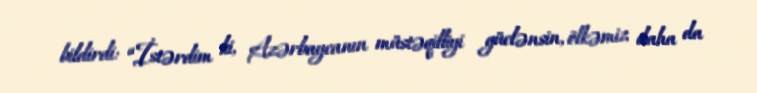
bildirdi: “İstərdim ki, Azərbaycanın müstəqilliyi güclənsin, ölkəmiz daha da